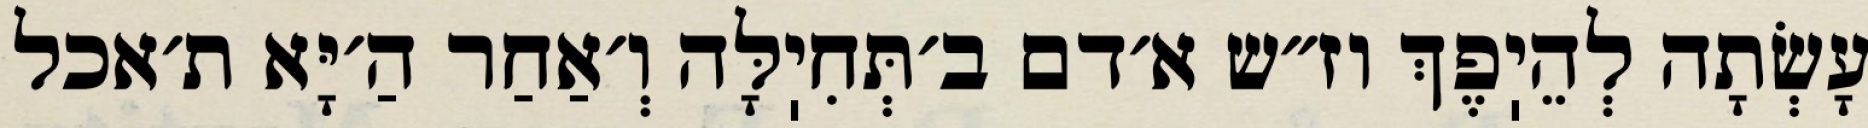
עָשְׂתָה לְהֵיֽפֶךְ וז״ש א׳דם ב׳תְּחִיֽלָּה וְ׳אַחַר הַ׳יָּא ת׳אכל